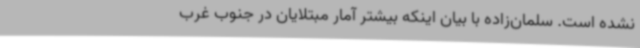
نشده است. سلمان‌زاده با بیان اینکه بیشتر آمار مبتلایان در جنوب غرب